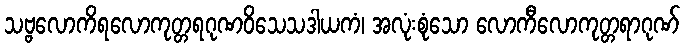
သဗ္ဗလောကိရလောကုတ္တရဂုဏဝိသေသဒါယကံ၊ အလုံးစုံသော လောကီလောကုတ္တရာဂုဏ်